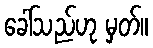
ခေါ်သည်ဟု မှတ်။